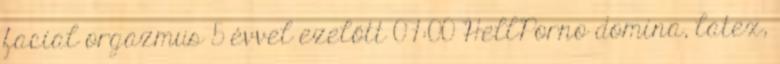
facial orgazmus 5 évvel ezelőtt 07:00 HellPorno domina, latex,